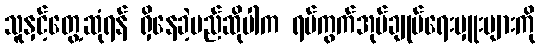
သူနှင့်တွေ့ဆုံရန် ရှိနေခဲ့မည်ဆိုပါက ရပ်ကွက်အုပ်ချုပ်ရေးမှူးများကို